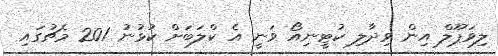
ލިވަޕޫލް އިން ވިދާލި ކުޓީނިއޯ ވަނީ އެ ކްލަބަށް ކުޅުނު 201 މެޗުގައި